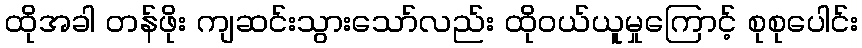
ထိုအခါ တန်ဖိုး ကျဆင်းသွားသော်လည်း ထိုဝယ်ယူမှုကြောင့် စုစုပေါင်း